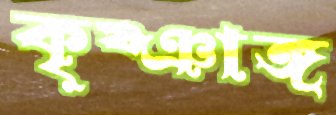
কৃষ্ঞাঙ্গ